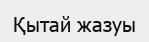
Қытай жазуы